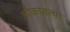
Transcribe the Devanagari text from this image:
चौकांतल्या